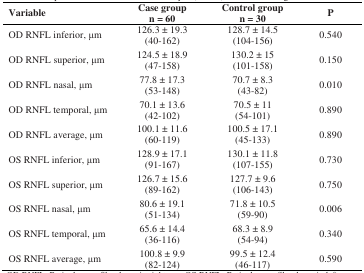
| Variable | Case group n = 60 | Control group n = 30 | P |
 | --- | --- | --- | --- |
 | OD RNFL inferior, μm | 126.3 ± 19.3 (40-162) | 128.7 ± 14.5 (104-156) | 0.540 |
 | OD RNFL superior, μm | 124.5 ± 18.9 (47-158) | 130.2 ± 15 (101-158) | 0.150 |
 | OD RNFL nasal, μm | 77.8 ± 17.3 (53-148) | 70.7 ± 8.3 (43-82) | 0.010 |
 | OD RNFL temporal, μm | 70.1 ± 13.6 (42-102) | 70.5 ± 11 (54-101) | 0.890 |
 | OD RNFL average, μm | 100.1 ± 11.6 (60-119) | 100.5 ± 17.1 (45-133) | 0.890 |
 | OS RNFL inferior, μm | 128.9 ± 17.1 (91-167) | 130.1 ± 11.8 (107-155) | 0.730 |
 | OS RNFL superior, μm | 126.7 ± 15.6 (89-162) | 127.7 ± 9.6 (106-143) | 0.750 |
 | OS RNFL nasal, μm | 80.6 ± 19.1 (51-134) | 71.8 ± 10.5 (59-90) | 0.006 |
 | OS RNFL temporal, μm | 65.6 ± 14.4 (36-116) | 68.3 ± 8.9 (54-94) | 0.340 |
 | OS RNFL average, μm | 100.8 ± 9.9 (82-124) | 99.5 ± 12.4 (46-117) | 0.590 |